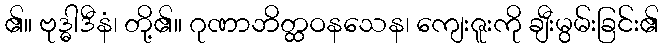
၏။ ဗုဒ္ဓါဒီနံ၊ တို့၏။ ဂုဏာဘိတ္ထဝနသေန၊ ကျေးဇူးကို ချီးမွမ်းခြင်း၏